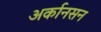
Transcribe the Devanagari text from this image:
अर्कानसन